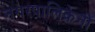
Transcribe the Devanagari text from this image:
नगरपालिकेनी